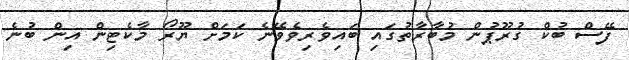
ފޭސް ބުކް ގުރޫޕުން މުބާރާތުގައި ބައިވެރިވެވޭނެ ކަމަށް ޔޫރޯ މާކެޓިން އިން ބުނެ